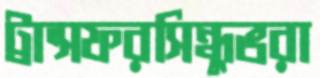
ট্রান্সফরসিন্ধুভরা